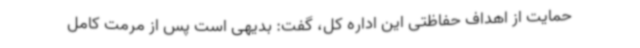
حمایت از اهداف حفاظتی این اداره کل، گفت: بدیهی است پس از مرمت کامل